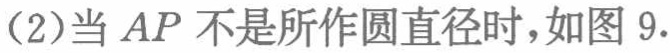
(2)当 \(AP\) 不是所作圆直径时，如图 9.